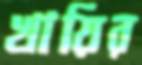
খায়ির